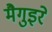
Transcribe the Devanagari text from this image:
मैगुइरे